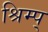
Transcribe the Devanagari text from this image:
श्रिम्प्